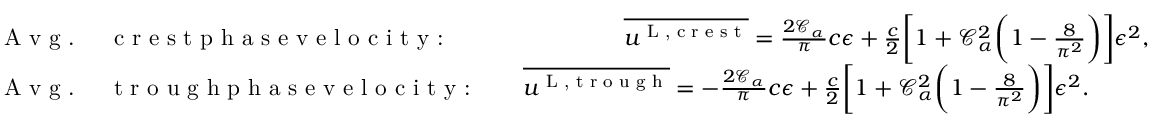
\begin{array} { r l } & { \textrm { A v g . \, \, c r e s t p h a s e v e l o c i t y : \, \, \, \, \, \, \, \, \, \, \, \, } \overline { { u ^ { \textnormal { L , c r e s t } } } } = \frac { 2 \mathcal { C } _ { \alpha } } { \pi } c \epsilon + \frac { c } { 2 } \bigg [ 1 + \mathcal { C } _ { \alpha } ^ { 2 } \bigg ( 1 - \frac { 8 } { \pi ^ { 2 } } \bigg ) \bigg ] \epsilon ^ { 2 } , } \\ & { \textrm { A v g . \, \, t r o u g h p h a s e v e l o c i t y : \, \, \, } \overline { { u ^ { \textnormal { L , t r o u g h } } } } = - \frac { 2 \mathcal { C } _ { \alpha } } { \pi } c \epsilon + \frac { c } { 2 } \bigg [ 1 + \mathcal { C } _ { \alpha } ^ { 2 } \bigg ( 1 - \frac { 8 } { \pi ^ { 2 } } \bigg ) \bigg ] \epsilon ^ { 2 } . } \end{array}